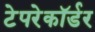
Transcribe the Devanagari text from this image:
टेपरेकॉर्डर